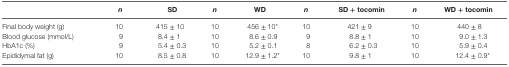
|  | n | SD | n | WD | n | SD + tocomin | n | WD + tocomin |
 | --- | --- | --- | --- | --- | --- | --- | --- | --- |
 | Final body weight (g) | 10 | 415 ± 10 | 10 | 456 ± 10* | 10 | 421 ± 9 | 10 | 440 ± 8 |
 | Blood glucose (mmol/L) | 9 | 8.4 ± 1 | 10 | 8.6 ± 0.9 | 9 | 8.8 ± 1 | 10 | 9.0 ± 1.3 |
 | HbA1c (%) | 9 | 5.4 ± 0.3 | 10 | 5.2 ± 0.1 | 8 | 6.2 ± 0.3 | 10 | 5.9 ± 0.4 |
 | Epididymal fat (g) | 10 | 8.5 ± 0.8 | 10 | 12.9 ± 1.2* | 10 | 9.8 ± 1 | 10 | 12.4 ± 0.9* |